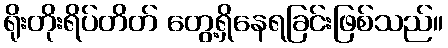
ရိုးတိုးရိပ်တိတ် တွေ့ရှိနေရခြင်းဖြစ်သည်။